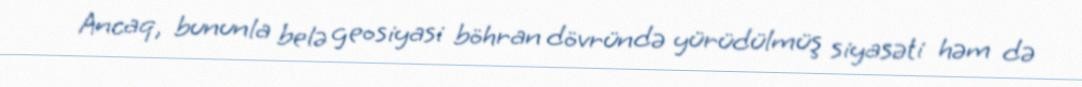
Ancaq, bununla belə geosiyasi böhran dövründə yürüdülmüş siyasəti həm də